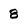
Character: 8